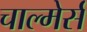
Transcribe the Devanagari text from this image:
चाल्मेर्स